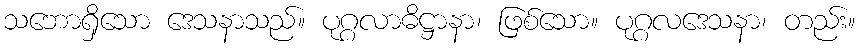
သဘောရှိသော ဒေသနာသည်။ ပုဂ္ဂလာဓိဋ္ဌာနာ၊ ဖြစ်သော။ ပုဂ္ဂလဒေသနာ၊ တည်း။